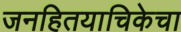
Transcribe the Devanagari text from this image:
जनहितयाचिकेचा